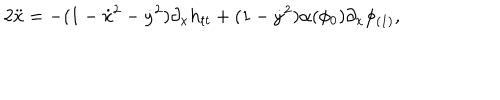
2 \ddot { x } = - ( 1 - \dot { x } ^ { 2 } - \dot { y } ^ { 2 } ) \partial _ { x } h _ { t t } + ( 1 - \dot { y } ^ { 2 } ) \alpha ( \phi _ { 0 } ) \partial _ { x } \phi _ { ( 1 ) } ,